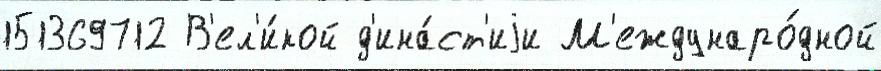
151369712 В'ел'и́кой д'ина́ст'иjи М'еждунаро́дной